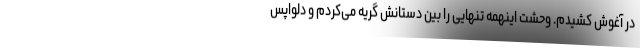
در آغوش کشیدم. وحشت اینهمه تنهایی را بین دستانش گریه می‌کردم و دلواپس